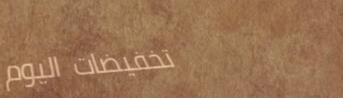
تخفيضات اليوم